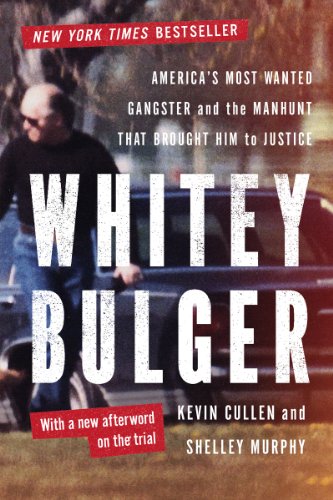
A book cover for Whitey Bulger: America's Most Wanted Gangster and the Manhunt That Brought Him to Justice; Kevin Cullen; Biographies & Memoirs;